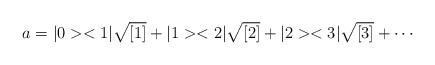
LaTeX: \begin{align*}a = |0 ><1|\sqrt{[1]} + |1 ><2|\sqrt{[2]} + |2 ><3|\sqrt{[3]} + \cdots\end{align*}